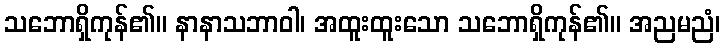
သဘောရှိကုန်၏။ နာနာသဘာဝါ၊ အထူးထူးသော သဘောရှိကုန်၏။ အညမညံ၊